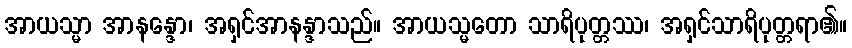
အာယသ္မာ အာနန္ဒော၊ အရှင်အာနန္ဒာသည်။ အာယသ္မတော သာရိပုတ္တဿ၊ အရှင်သာရိပုတ္တရာ၏။